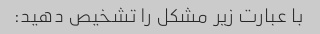
با عبارت زیر مشکل را تشخیص دهید: